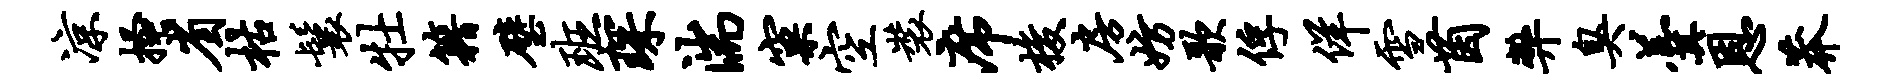
凉搔省枯鬟牡籍璧班琛湍窠空装席梭房妨歌俘佯雪茵弊臭羹恩莽